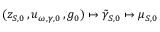
( z _ { S , 0 } \, , u _ { \omega , \gamma , 0 } \, , g _ { 0 } ) \mapsto \tilde { \gamma } _ { S , 0 } \mapsto \mu _ { S , 0 }